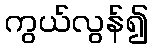
ကွယ်လွန်၍